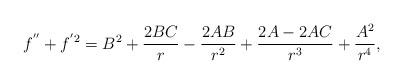
LaTeX: \begin{align*}f^{^{\prime \prime }}+f^{^{\prime }2}=B^{2}+\frac{2BC}{r}-\frac{2AB}{r^{2}}+\frac{2A-2AC}{r^{3}}+\frac{A^{2}}{r^{4}}, \end{align*}